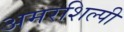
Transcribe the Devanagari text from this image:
अमरशिल्पी